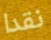
نقدا